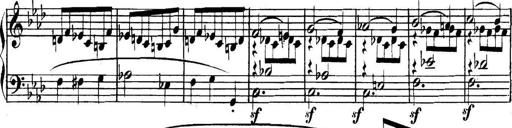
Title: Collected Piano Sonatas
Composer: Muzio Clementi